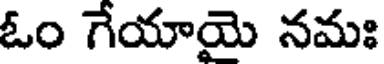
ఓం గేయాయై నమః